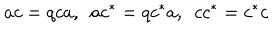
a c = q c a , ~ ~ a c ^ { * } = q c ^ { * } a , ~ ~ c c ^ { * } = c ^ { * } c